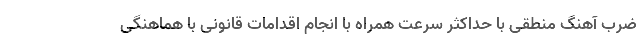
ضرب آهنگ منطقی با حداکثر سرعت همراه با انجام اقدامات قانونی با هماهنگی